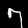
Digit: 7